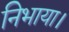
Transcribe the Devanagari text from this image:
निभाया।